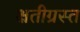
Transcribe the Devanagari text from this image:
क्षतीग्रस्त